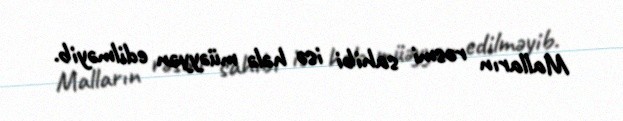
Malların rəsmi sahibi isə hələ müəyyən edilməyib.